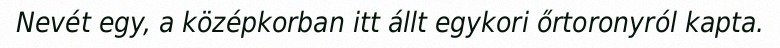
Nevét egy, a középkorban itt állt egykori őrtoronyról kapta.